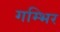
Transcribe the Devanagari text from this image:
गम्भिर